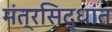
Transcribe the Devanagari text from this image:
मंत्रसिद्धांत